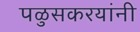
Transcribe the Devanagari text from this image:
पळुसकरयांनी